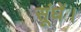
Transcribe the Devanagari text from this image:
सूंघें।